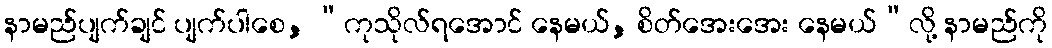
နာမည်ပျက်ချင် ပျက်ပါစေ, “ကုသိုလ်ရအောင် နေမယ်, စိတ်အေးအေး နေမယ်”လို့ နာမည်ကို